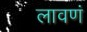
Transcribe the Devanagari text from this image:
लावणं